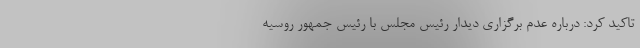
تاکید کرد: درباره عدم برگزاری دیدار رئیس مجلس با رئیس جمهور روسیه